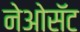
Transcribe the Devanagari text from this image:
नेओसॅट